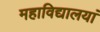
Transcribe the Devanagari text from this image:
महाविद्यालयां